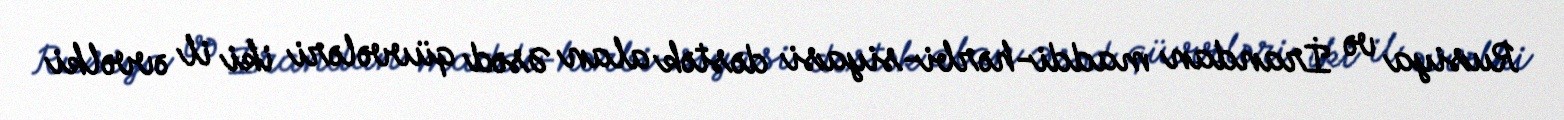
Rusiya və İrandan maddi-hərbi-siyasi dəstək alan Əsəd qüvvələri iki il əvvəlki